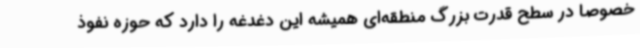
خصوصا در سطح قدرت بزرگ منطقه‌ای همیشه این دغدغه را دارد که حوزه نفوذ